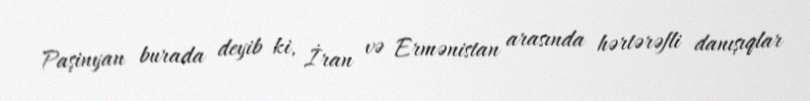
Paşinyan burada deyib ki, İran və Ermənistan arasında hərtərəfli danışıqlar